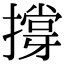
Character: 撐